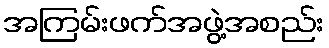
အကြမ်းဖက်အဖွဲ့အစည်း